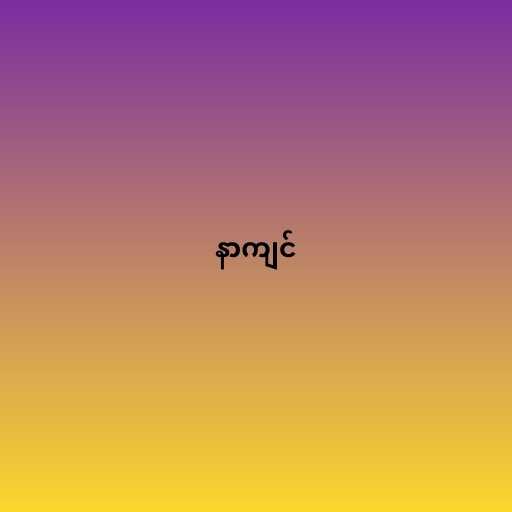
နာကျင်